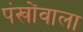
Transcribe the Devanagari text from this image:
पंखोंवाला